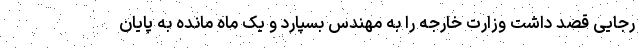
رجایی قصد داشت وزارت خارجه را به مهندس بسپارد و یک ماه مانده به پایان